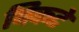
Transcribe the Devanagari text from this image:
चिकटे